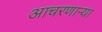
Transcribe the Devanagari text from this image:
आचरणाऱ्या